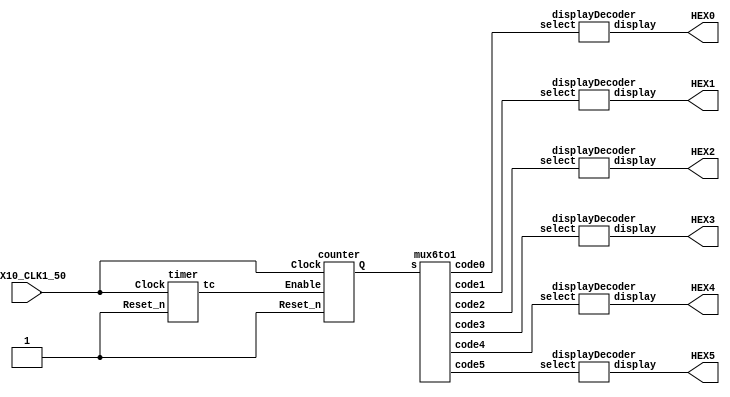
/*
Oscar Reyes-Sanchez
Lab2 part a
Scroll a 4 letter word across the seven segment display
Uses the clock to cycle the word
The word is OARS
*/
module Lab2b (MAX10_CLK1_50, HEX0, HEX1, HEX2, HEX3, HEX4, HEX5);
	input MAX10_CLK1_50;
	output [0:6] HEX0, HEX1, HEX2, HEX3, HEX4, HEX5;
	//output [9:0] LEDR = 10'b0;
	
	wire tc; //trigger for 0 to 9 counter
	wire [2:0] count; // 3-bit count value
	wire [2:0] code0, code1, code2, code3, code4, code5;
	
	timer OncePerSecond (MAX10_CLK1_50, 1'b1, tc);
	
	counter ZeroToSix (MAX10_CLK1_50, tc, 1'b1, count);
	
	mux6to1 mux (count, code0, code1, code2, code3, code4, code5); 
	
	displayDecoder zero 	(code0, HEX0);
	displayDecoder one 	(code1, HEX1);
	displayDecoder two 	(code2, HEX2);
	displayDecoder three (code3, HEX3);
	displayDecoder four	(code4, HEX4);
	displayDecoder five	(code5, HEX5);	
endmodule

//Timer module that ticks once per second
module timer (Clock, Reset_n, tc);
	parameter n = 26;
	
	input Clock, Reset_n;
	reg [n-1:0] Q;
	output reg tc; //terminal count, used to trigger next counter
		
	always @(posedge Clock) //reset after 1 second
		begin
		if (Q == 26'd5) 
				begin
				Q <= 1'd0;
				tc <= 1'b1;
				end
			else
				begin
				Q <= Q + 1'b1;
				tc <= 1'b0;
				end
		end
endmodule

//Counter module that counts up to 6
module counter (Clock, Enable, Reset_n, Q);
	parameter n = 3; //bit width of Q
	
	input Clock, Enable, Reset_n;
	output reg [n-1:0] Q;
		
	always @(posedge Clock) //reset when at 9
		begin
			if (Q == 3'b110) 
				Q <= 1'd0;
			else if (Enable)
				Q <= Q + 1'b1;
		end
endmodule

module mux6to1 (s, code0, code1, code2, code3, code4, code5);
	input [2:0] s;
	output reg [2:0] code0, code1, code2, code3, code4, code5;
	
	always @ (s)
		case (s) 
			3'b000: 	begin
							code0= 3'b100;
							code1= 3'b011;
							code2= 3'b010;
							code3= 3'b001;
							code4= 3'b000;
							code5= 3'b000;
					end
			3'b001: 	begin
							code0= 3'b000;
							code1= 3'b100;
							code2= 3'b011;
							code3= 3'b010;
							code4= 3'b001;
							code5= 3'b000;
					end
			3'b010: 	begin
							code0= 3'b000;
							code1= 3'b000;
							code2= 3'b100;
							code3= 3'b011;
							code4= 3'b010;
							code5= 3'b001;
					end 
			3'b011:	begin
							code0= 3'b001;
							code1= 3'b000;
							code2= 3'b000;
							code3= 3'b100;
							code4= 3'b011;
							code5= 3'b010;
					end
			3'b100: 	begin
							code0= 3'b010;
							code1= 3'b001;
							code2= 3'b000;
							code3= 3'b000;
							code4= 3'b100;
							code5= 3'b011;
					end
			3'b101:	begin
							code0= 3'b011;
							code1= 3'b010;
							code2= 3'b001;
							code3= 3'b000;
							code4= 3'b000;
							code5= 3'b100;
					end
			default:	begin
							code0= 3'b000;
							code1= 3'b000;
							code2= 3'b000;
							code3= 3'b000;
							code4= 3'b000;
							code5= 3'b000;
					end
		endcase
endmodule

module displayDecoder (select, display);
	input [2:0] select;
	output reg [0:6] display;


	/*
	 *       0  
	 *      ---  
	 *     |   |
	 *    5|   |1
	 *     | 6 |
	 *      ---  
	 *     |   |
	 *    4|   |2
	 *     |   |
	 *      ---  
	 *       3  
	 */

	always @ (select)
		case (select) 
			3'b000: display = 7'b1111111; //blank
			3'b001: display = 7'b0000001;	//O
			3'b010: display = 7'b0001000;	//A
			3'b011: display = 7'b1111010;	//R
			3'b100: display = 7'b0100100;	//S
			default: display = 7'b1111111;//blank
		endcase
endmodule